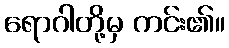
ရောဂါတို့မှ ကင်း၏။